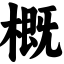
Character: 概